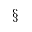
\S